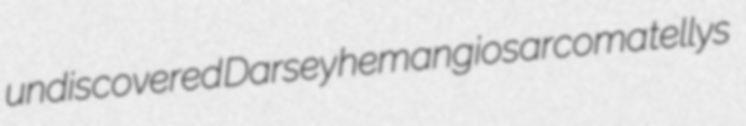
undiscovered Darsey hemangiosarcoma tellys